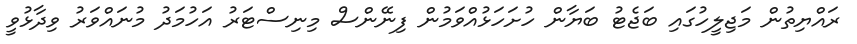
ރައްޔިތުން މަޖިލީހުގައި ބަޖެޓު ބަޔާން ހުށަހަޅުއްވަމުން ފިނޭންސް މިނިސްޓަރު އަހުމަދު މުނައްވަރު ވިދާޅުވީ